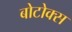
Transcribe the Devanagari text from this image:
बोटोक्स